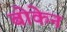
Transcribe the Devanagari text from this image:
बोकेन